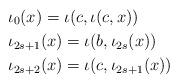
LaTeX: \begin{align*}& \iota_{0}(x)=\iota(c, \iota(c,x)) \\& \iota_{2s+1}(x) = \iota(b, \iota_{2s}(x)) \\& \iota_{2s+2}(x) = \iota(c, \iota_{2s+1}(x))\end{align*}